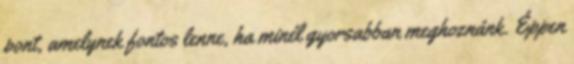
pont, amelynek fontos lenne, ha minél gyorsabban meghoznánk. Éppen